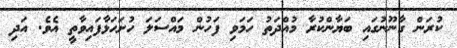
ކުރަން ގާނޫނުގައި ބަޔާންކުރާ މުއްދަތު ހަމަވި ފަހުން މައްސަލަ ހުށަހަޅާފައިވާތީ އެވެ. އަދި